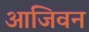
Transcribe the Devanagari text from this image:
आजिवन